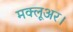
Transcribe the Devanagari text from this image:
मक्लूअर।